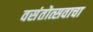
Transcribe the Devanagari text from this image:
वसंतोत्सवाचा